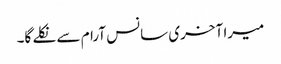
میرا آخری سانس آرام سے نکلے گا۔